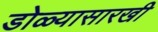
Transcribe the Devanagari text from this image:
डोळ्यासारखी